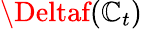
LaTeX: \Deltaf(\mathbb{C}_{t})